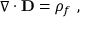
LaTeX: \nabla \cdot \mathbf { D } = \rho _ { f } \ ,